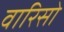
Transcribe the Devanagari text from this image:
वारिसो